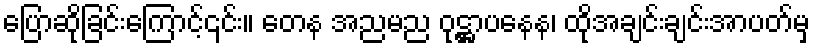
ပြောဆိုခြင်းကြောင့်၎င်း။ တေန အညမည ဝုဋ္ဌာပနေန၊ ထိုအချင်းချင်းအာပတ်မှ